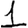
Digit: 1